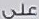
على